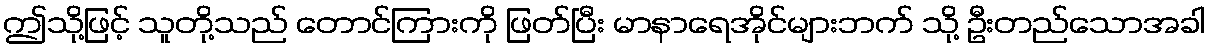
ဤသို့ဖြင့် သူတို့သည် တောင်ကြားကို ဖြတ်ပြီး မာနာရေအိုင်များဘက် သို့ ဦးတည်သောအခါ